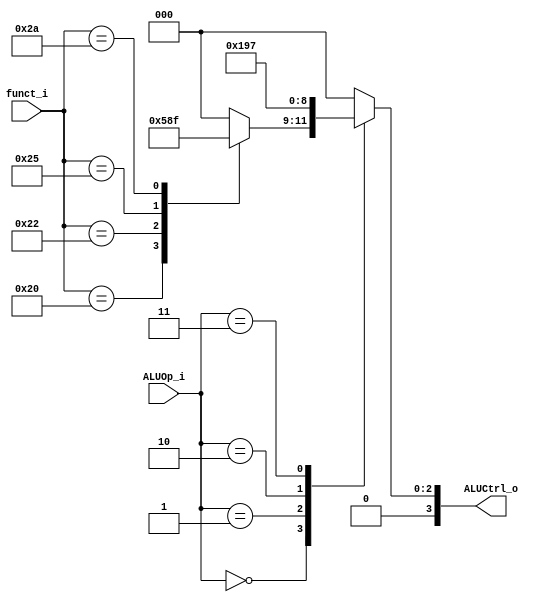
//Subject:     CO project 2 - ALU Controller
//--------------------------------------------------------------------------------
//Version:     1
//--------------------------------------------------------------------------------
//Writer:      110652011
//----------------------------------------------
//Date:        
//----------------------------------------------
//Description: assign the singles to ALU control according to ALUop given by decoder and function field.
//--------------------------------------------------------------------------------
`timescale 1ns/1ps
module ALU_Ctrl(
        funct_i,
        ALUOp_i,
        ALUCtrl_o
        );
          
//I/O ports 
input      [6-1:0] funct_i;
input      [3-1:0] ALUOp_i;

output     [4-1:0] ALUCtrl_o;    
     
//Internal Signals
reg        [4-1:0] ALUCtrl_o;

//Parameter

//Select exact operation

always @(funct_i, ALUOp_i) begin
    case (ALUOp_i)
        
        0: begin // R-Type
            case (funct_i)
                32: ALUCtrl_o <= 2; // add
                34: ALUCtrl_o <= 6; // sub
                36: ALUCtrl_o <= 0; // and
                37: ALUCtrl_o <= 1; // or
                42: ALUCtrl_o <= 7; // slt
                default: ALUCtrl_o = 0; // Should never meet
            endcase
        end

        1:       // beq -> sub
            ALUCtrl_o <= 6;

        2:       // addi -> add
            ALUCtrl_o <= 2;

        3:       // stli -> stl
            ALUCtrl_o <= 7;
        
        default: // Should never meet
            ALUCtrl_o <= 0;
    
    endcase
end

endmodule